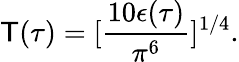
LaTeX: \mathsf{T}(\tau)=[{\frac{{10\epsilon(\tau)}}{{\pi^{6}}}}]^{1/4}.